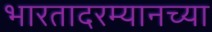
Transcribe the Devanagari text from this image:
भारतादरम्यानच्या